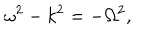
LaTeX: \omega ^ { 2 } - k ^ { 2 } = - \Omega ^ { 2 } ,